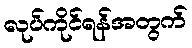
လုပ်ကိုင်ရန်အတွက်